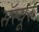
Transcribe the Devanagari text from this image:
सॅस्यूर